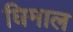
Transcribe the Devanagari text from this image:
घिमाल